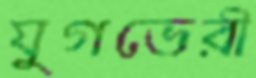
যুগভেরী